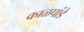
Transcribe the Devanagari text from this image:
काळपांडे